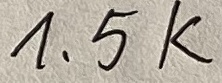
Text: 1,5K